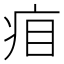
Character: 㾇